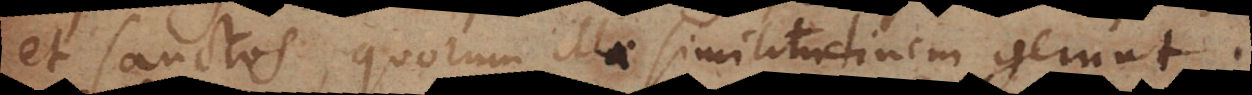
et Sanctos, quorum illae similitudinem gerunt,